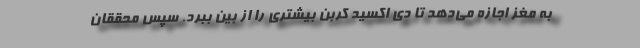
به مغز اجازه می‌دهد تا دی اکسید کربن بیشتری را از بین ببرد. سپس محققان